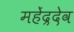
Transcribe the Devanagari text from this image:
महेंद्रदेव